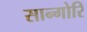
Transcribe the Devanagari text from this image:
सान्गोरि